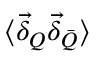
\langle \vec { \delta } _ { Q } \vec { \delta } _ { \bar { Q } } \rangle